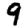
Digit: 9